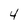
Character: 4